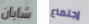
شابان إجتماع